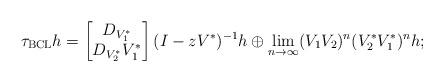
LaTeX: \begin{align*}\tau_{\rm BCL} h= \begin{bmatrix}D_{V_1^*}\\ D_{V_2^*}V_1^*\end{bmatrix}(I-zV^*)^{-1}h\oplus\lim_{n\to\infty}(V_1V_2)^n(V_2^*V_1^*)^n h; \end{align*}